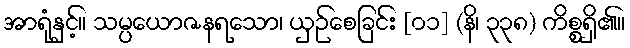
အာရုံနှင့်။ သမ္ပယောဇနရသော၊ ယှဉ်စေခြင်း [၀၁] (နိ၊ ၃၃၈) ကိစ္စရှိ၏။